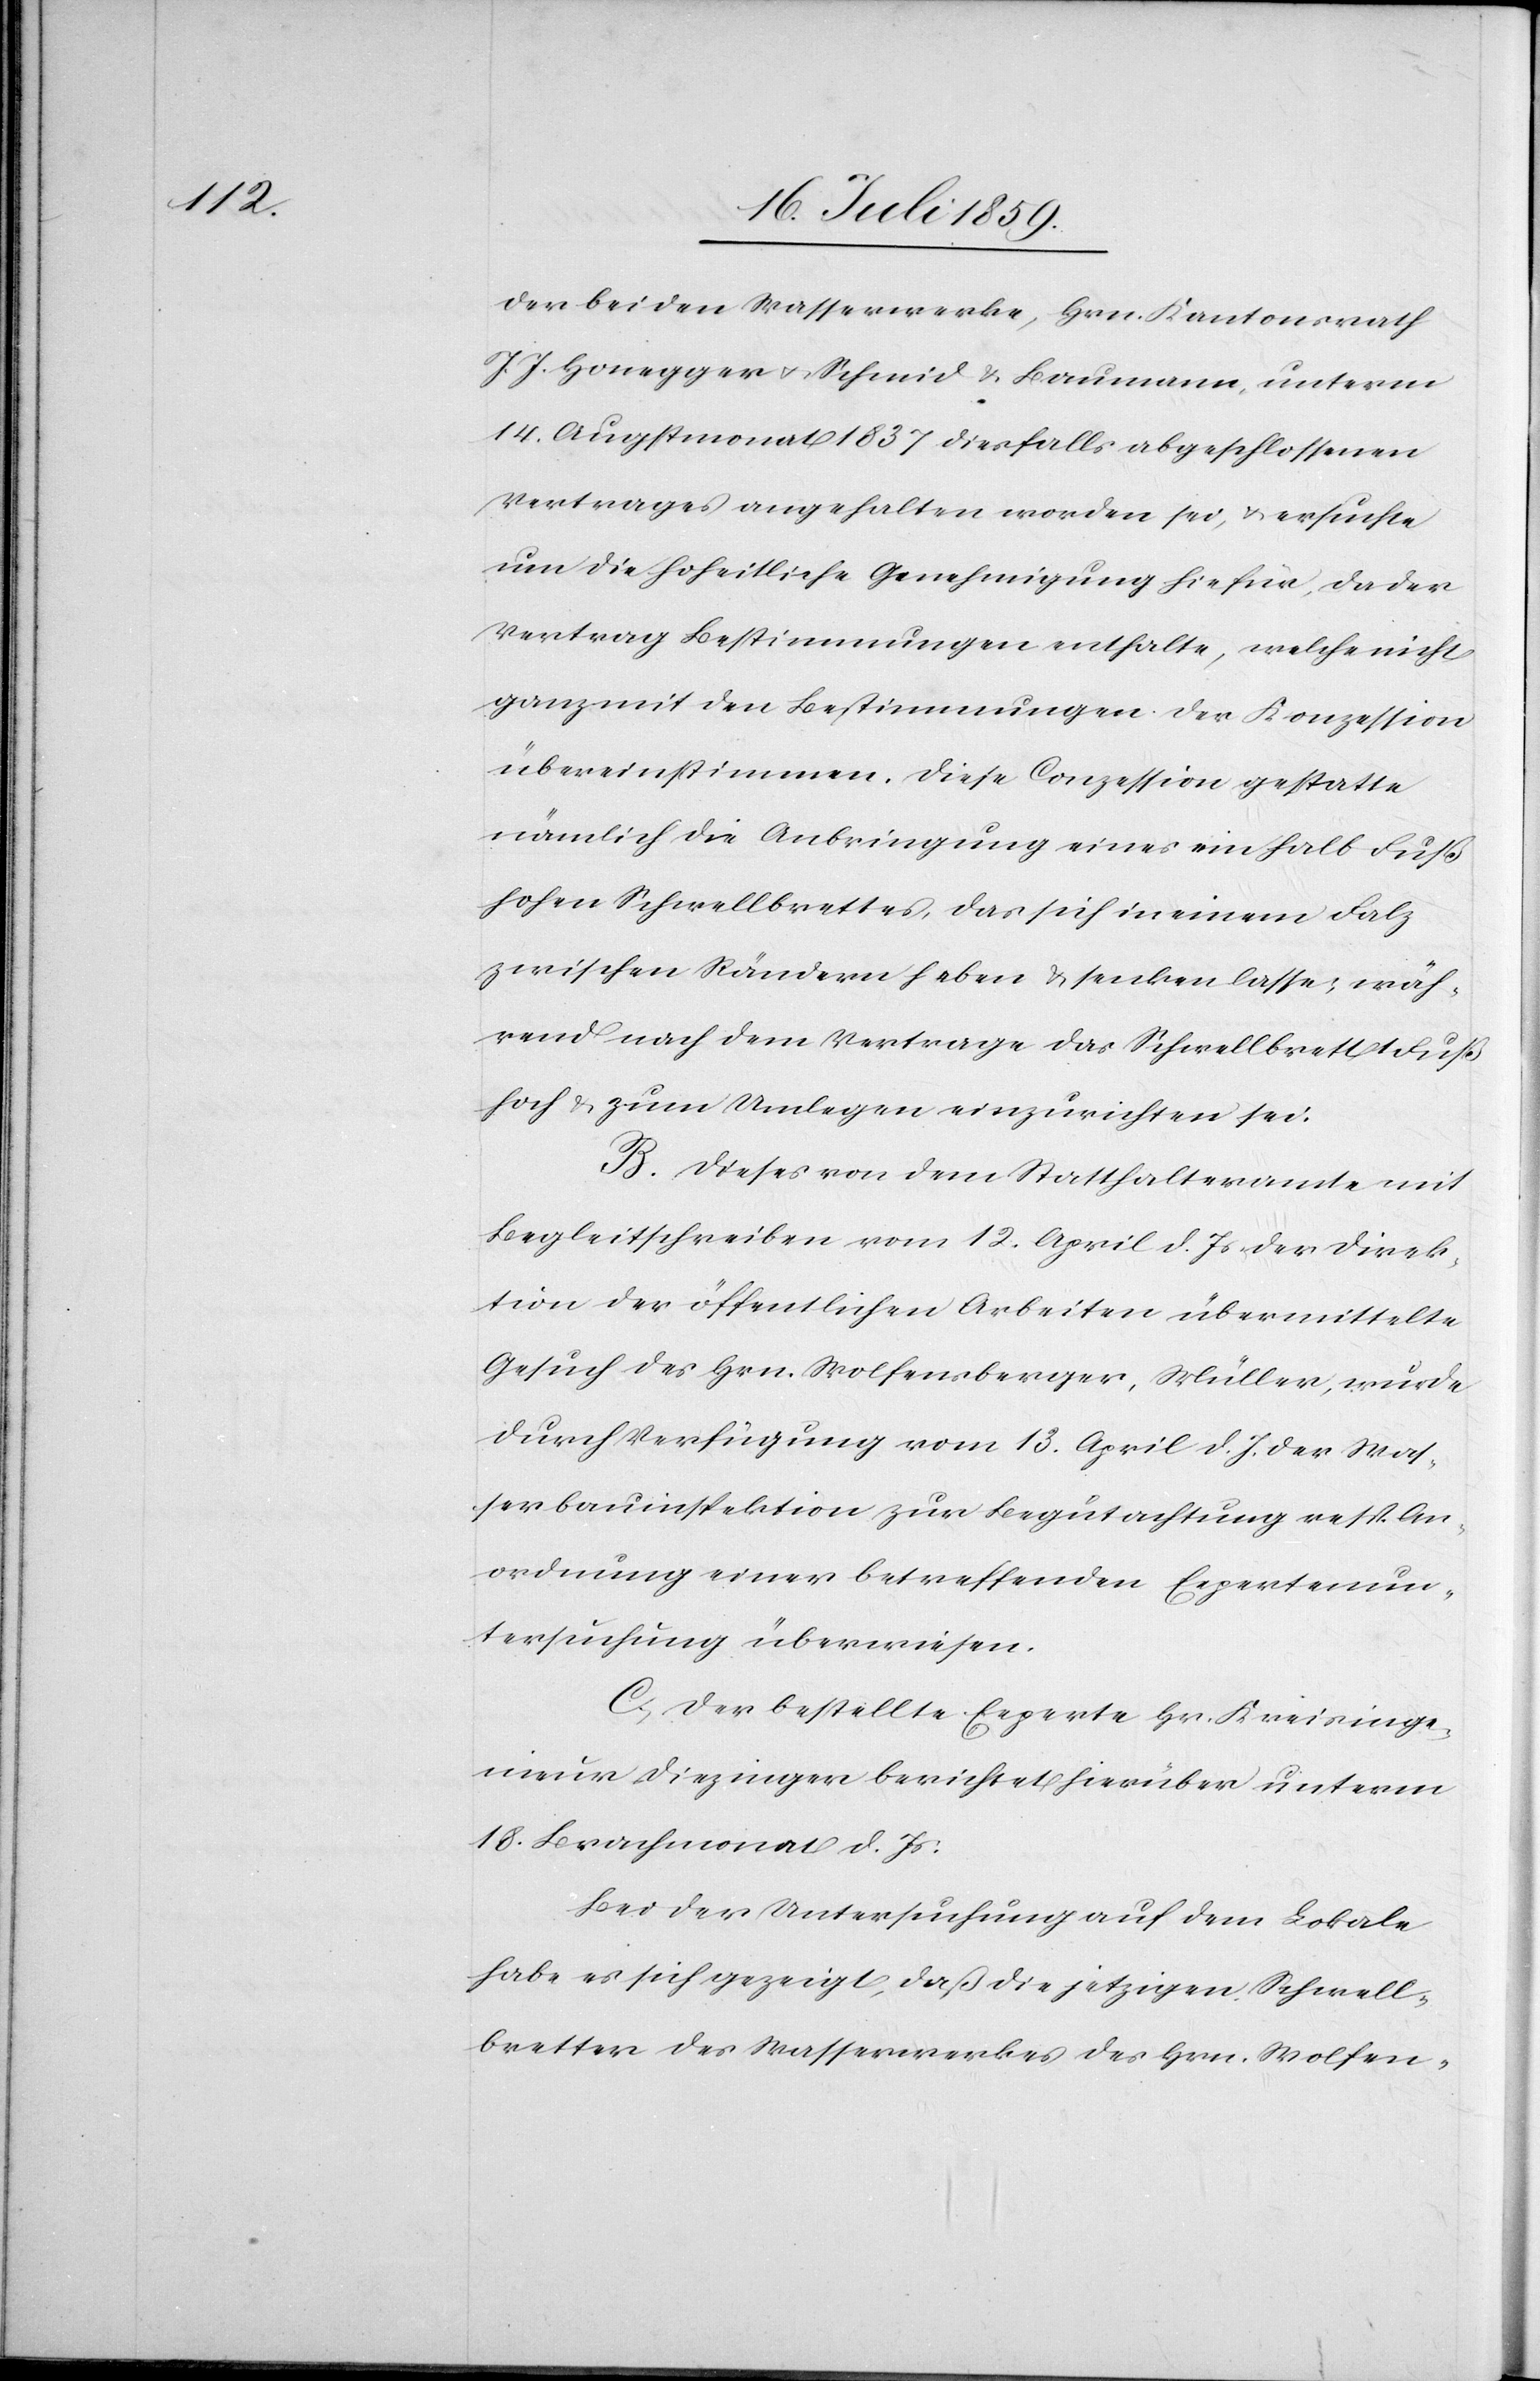
der beiden Wasserwerke, Hrn. Kantonsrath
J. J. Honegger u. Schmid u. Baumann, unterm
14. Augstmonat 1837 diesfalls abgeschlossenen
Vertrages angehalten worden sei, u. ersuche
um die hoheitliche Genehmigung hiefür, da der
Vertrag Bestimmungen enthalte, welche nicht
ganz mit den Bestimmungen der Konzession
übereinstimmen. Diese Conzession gestatte
nämlich die Anbringung eines ein halb Fuß
hohen Schwellbrettes, das sich in einem Falz
zwischen Rändern heben u. senken lasse; wäh¬
rend nach dem Vertrage das Schwellbrett 1 Fuß
hoch u. zum Umlegen einzurichten sei.
B. Dieses von dem Statthalteramt mit
Begleitschreiben vom 12. April d. Js. der Direk¬
tion der öffentlichen Arbeiten übermittelte
Gesuch des Hrn. Wolfensberger, Müller, wurde
durch Verfügung vom 13. April d. Js. der Was¬
serbauinspektion zur Begutachtung resp. An¬
ordnung einer betreffenden Expertenun¬
tersuchung überwiesen.
C. Der bestellte Experte Hr. Kreisinge¬
nieur Diezinger berichtet hierüber unterm
18. Brachmonat d. Js:
Bei der Untersuchung auf dem Lokale
habe es sich gezeigt, daß die jetztigen Schwell¬
bretter des Wasserwerkes des Hrn. Wolfens-